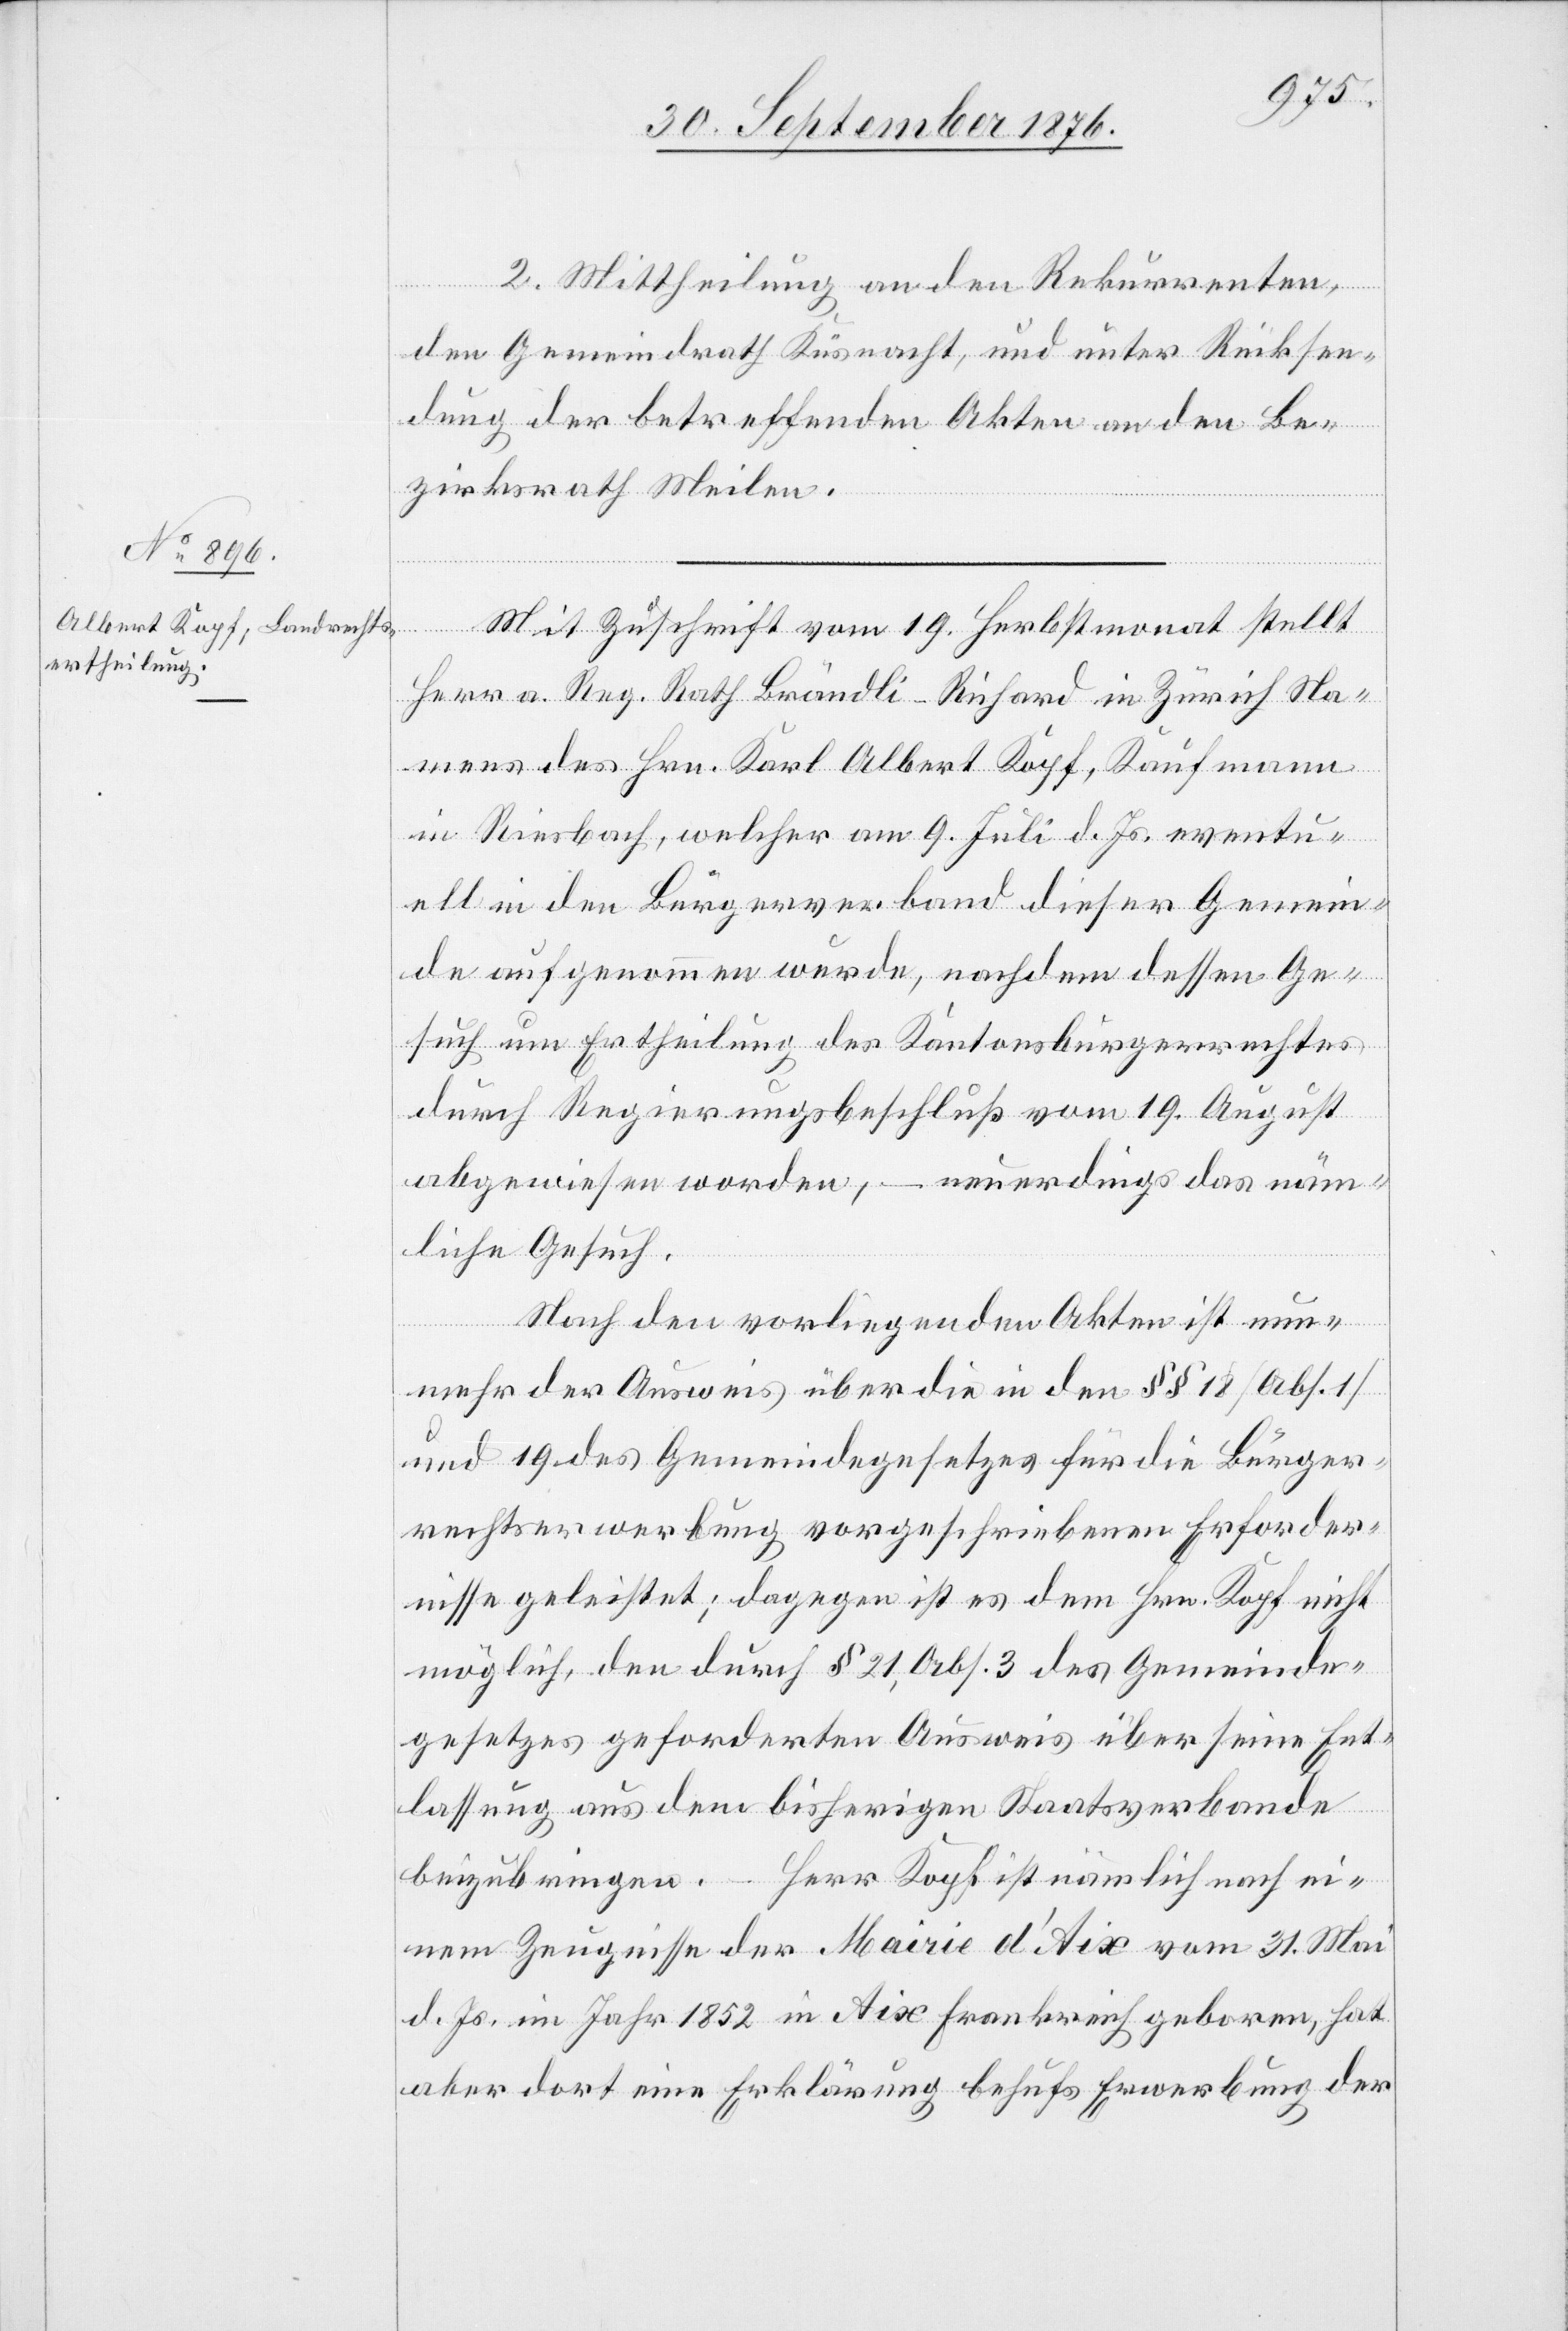
2. Mittheilung an den Rekurrenten,
den Gemeindrath Küsnacht, und unter Rücksen¬
dung der betreffenden Akten an den Be¬
zirksrath Meilen.